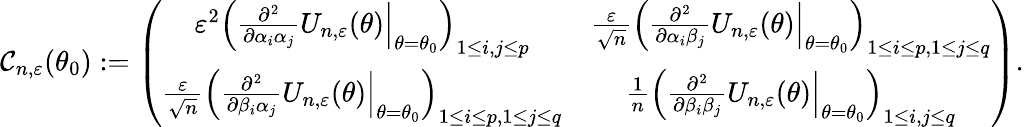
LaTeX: \mathcal{C}_{n,\varepsilon}(\theta_{0}):=\left(\begin{array}{cc}{\varepsilon^{2}\left(\frac{\partial^{2}}{\partial\alpha_{i}\alpha_{j}}U_{n,\varepsilon}(\theta)\Big|_{\theta=\theta_{0}}\right)_{1\leq i,j\leq p}}&{\frac{\varepsilon}{\sqrt{n}}\left(\frac{\partial^{2}}{\partial\alpha_{i}\beta_{j}}U_{n,\varepsilon}(\theta)\Big|_{\theta=\theta_{0}}\right)_{1\leq i\leq p,1\leq j\leq q}}\\ {\frac{\varepsilon}{\sqrt{n}}\left(\frac{\partial^{2}}{\partial\beta_{i}\alpha_{j}}U_{n,\varepsilon}(\theta)\Big|_{\theta=\theta_{0}}\right)_{1\leq i\leq p,1\leq j\leq q}}&{\frac{1}{n}\left(\frac{\partial^{2}}{\partial\beta_{i}\beta_{j}}U_{n,\varepsilon}(\theta)\Big|_{\theta=\theta_{0}}\right)_{1\leq i,j\leq q}}\end{array}\right).